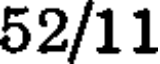
52/11